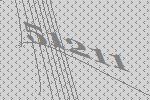
51211